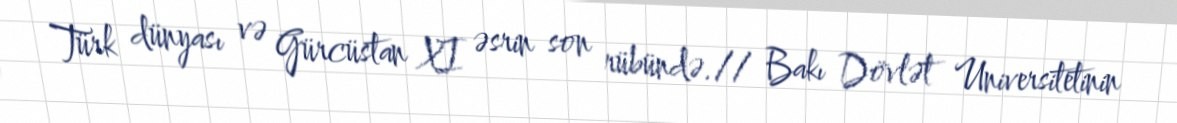
Türk dünyası və Gürcüstan XI əsrin son rübündə.// Bakı Dövlət Universitetinin